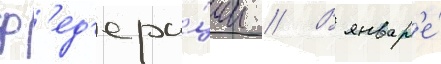
ф'ед'ера́ции // В январ'е́